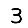
Digit: 3